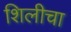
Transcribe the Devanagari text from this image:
शिलीचा